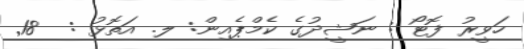
ހަވީރު ފޮޓޯ : ނަޝީދުގެ ކެމްޕެއިން: ލ. އަތޮޅު :  18